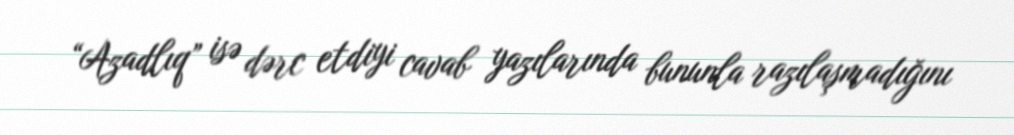
“Azadlıq” isə dərc etdiyi cavab yazılarında bununla razılaşmadığını